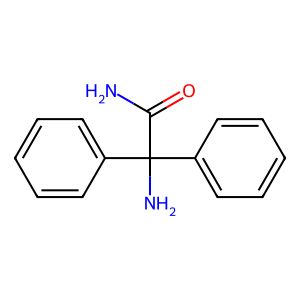
SMILES: NC(=O)C(N)(c1ccccc1)c1ccccc1
Inhibits HIV replication: No